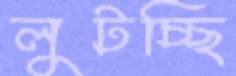
লুটচ্ছি